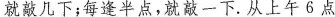
就敲几下；每逢半点，就敲一下。从上午6点